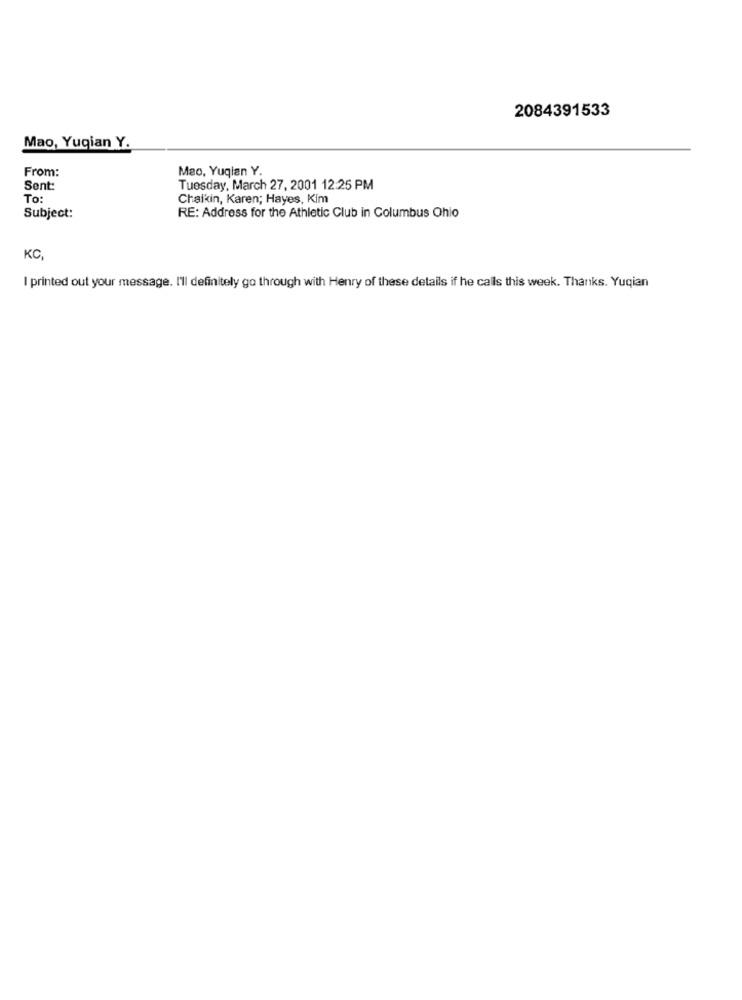
2084391533
Mao, Yuqian Y.
From:
Mao, Yuqian Y.
Sent:
Tuesday, March 27, 2001 12:25 PM
To:
Chaikin, Karen; Hayes, Kim
Subject:
RE: Address for the Athletic Club in Columbus Ohio
KC
I printed out your message. I'll definitely go through with Henry of these details if he calls this week. Thanks. Yuqian